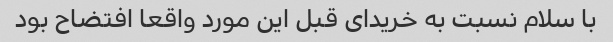
با سلام نسبت به خریدای قبل این مورد واقعا افتضاح بود